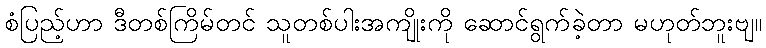
စံပြည့်ဟာ ဒီတစ်ကြိမ်တင် သူတစ်ပါးအကျိုးကို ဆောင်ရွက်ခဲ့တာ မဟုတ်ဘူးဗျ။